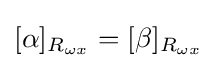
[\alpha ]_{R_{\omega x}}=[\beta ]_{R_{\omega x}}